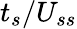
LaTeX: t_{s}/U_{ss}